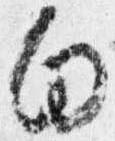
向